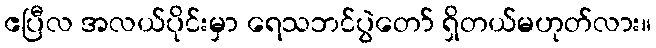
ဧပြီလ အလယ်ပိုင်းမှာ ရေသဘင်ပွဲတော် ရှိတယ်မဟုတ်လား။